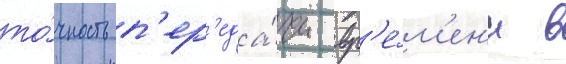
то́чность п'ер'еда́чи вр'е́м'ен'и в